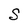
Character: S